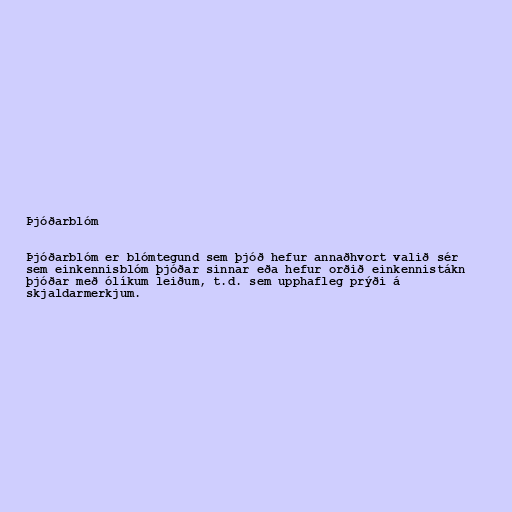
Þjóðarblóm

Þjóðarblóm er blómtegund sem þjóð hefur annaðhvort valið sér
sem einkennisblóm þjóðar sinnar eða hefur orðið einkennistákn
þjóðar með ólíkum leiðum, t.d. sem upphafleg prýði á
skjaldarmerkjum.